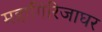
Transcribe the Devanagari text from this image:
महागिरिजाघर